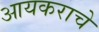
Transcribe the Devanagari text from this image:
आयकराचे